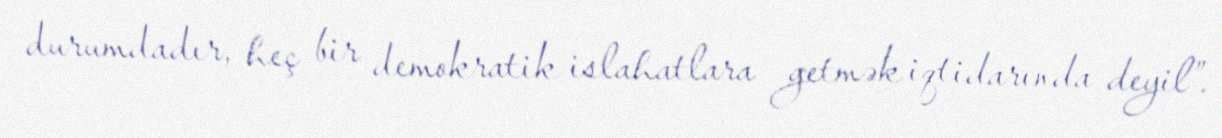
durumdadır, heç bir demokratik islahatlara getmək iqtidarında deyil”.